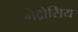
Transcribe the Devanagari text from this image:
गेद्रोसिय